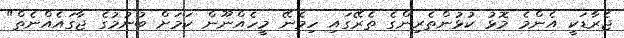
ޖެރާޑަކީ އެންމެ މޮޅު ކުޅުންތެރިންގެ ތެރޭގައި ހިމެނޭ މީހެއްނޫން ކަމަށް ބުނުމުގެ ޖާގައެއްނެތް"